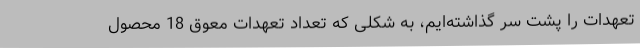
تعهدات را پشت سر گذاشته‌ایم، به شکلی که تعداد تعهدات معوق 18 محصول